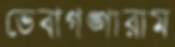
ভেবাগঙ্গারাম